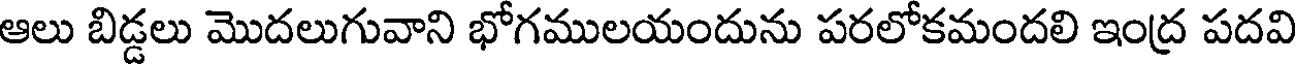
ఆలు బిడ్డలు మొదలుగువాని భోగములయందును పరలోకమందలి ఇంద్ర పదవి